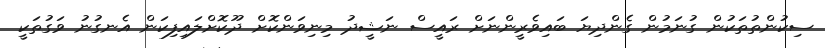
ސިކުންތުތަކުން ގުނަމުން ގެންދިޔަ ބައިވެރީންނަށް ރައީސް ނަޝީދު މިނިވަންކޮށް ދޫކޮށްލައިފިކަން އެނގުނު ވަގުތަކީ